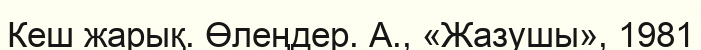
Кеш жарық. Өлеңдер. А., «Жазушы», 1981